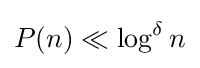
P(n)\ll \log ^{\delta }n